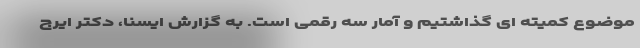
موضوع کمیته ای گذاشتیم و آمار سه رقمی است. به گزارش ایسنا، دکتر ایرج